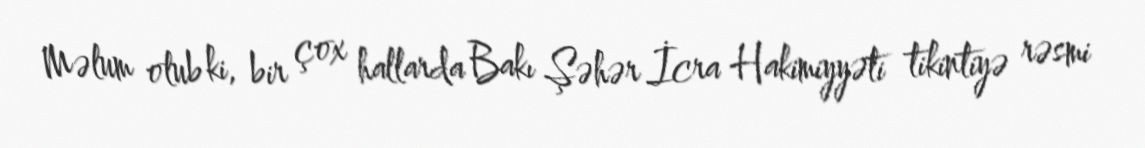
Məlum olub ki, bir çox hallarda Bakı Şəhər İcra Hakimiyyəti tikintiyə rəsmi